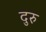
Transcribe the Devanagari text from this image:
दुरु